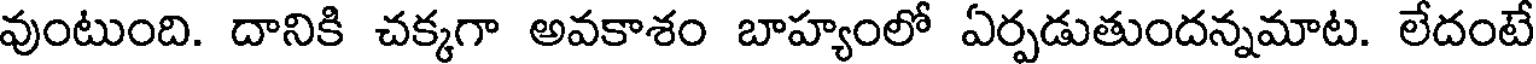
వుంటుంది. దానికి చక్కగా అవకాశం బాహ్యంలో ఏర్పడుతుందన్నమాట. లేదంటే